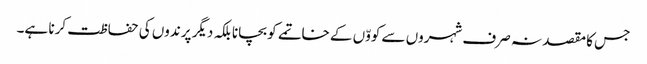
جس کا مقصد نہ صرف شہروں سے کووّں کے خاتمے کو بچانا بلکہ دیگر پرندوں کی حفاظت کرنا ہے۔